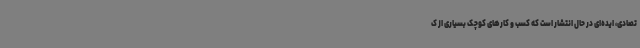
تصادی، ایده‌ای در حال انتشار است که کسب و کارهای کوچک بسیاری از ک